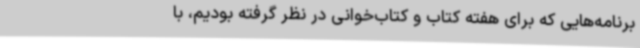
برنامه‌هایی که برای هفته کتاب و کتاب‌خوانی در نظر گرفته بودیم، با